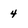
Character: 4